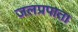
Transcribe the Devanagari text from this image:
जलप्रपात।